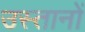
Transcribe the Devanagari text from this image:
उस्तानों